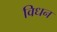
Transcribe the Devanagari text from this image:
विधन